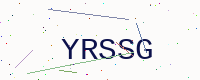
Text: YRSSG